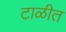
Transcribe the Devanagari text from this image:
टाळीत